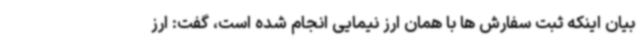
بیان اینکه ثبت سفارش ها با همان ارز نیمایی انجام شده است، گفت: ارز